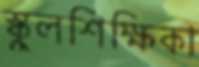
স্কুলশিক্ষিকা